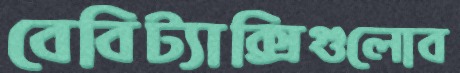
বেবিট্যাক্সিগুলোব